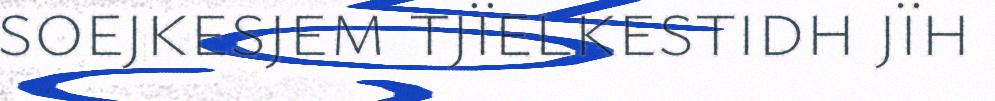
soejkesjem tjïelkestidh jïh